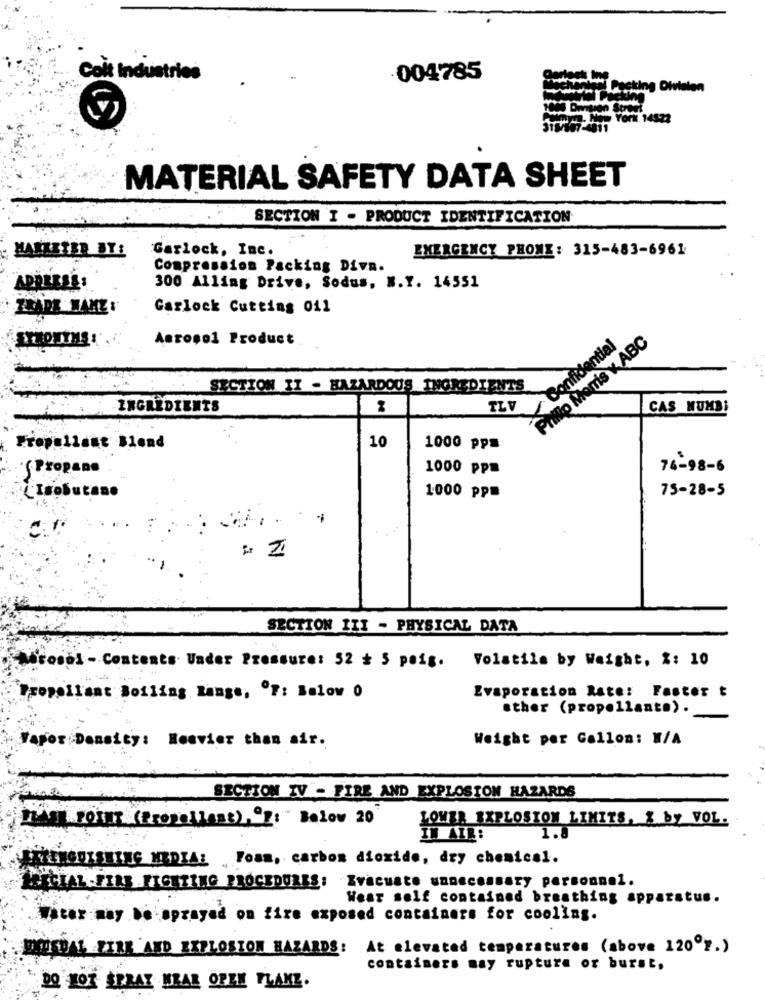
Colt Industries
004785
ah Packing Division
York 14522
MATERIAL SAFETY DATA SHEET
SECTION I - PRODUCT IDENTIFICATION
Garlock, Inc.
EMERGENCY PHONE: 315-483-6961
Compression Packing Diva.
ADDRESS
300 Alling Drive, Sodus, N.Y. 14551
Garlock Cutting 011
Aerosol Product
Confidential
Philip Morris K ABC
SECTION II - HAZARDOUS INGREDIENTS
INGREDIENTS
TLV
CAS NUMBI
10
Eropallant Blend
1000 pps
1000 ppm
74-98-6
SPropano
75-28-5
CIsobutano
1000 ppm
SECTION III - PHYSICAL DATA
Volatile by Weight, 2: 10
osol - Contents. Under Pressure: 52 # 5 poig.
Propellant Boiling lange, OF: Below 0
Evaporation Rate: Faster t
sther (propellant.).
Weight per Gallon: N/A
Density: Heavier than air.
SECTION TV - FIRE AND EXPLOSION HAZARDS
ITAS FORME (PropoliAns), 7:" Below 20
LOWER EXPLOSION LIMITS, & by VOL.
1.8
IN AIR:
LEKTENGOISHING MEDIA: Foam, carbon dioxide, dry chemical.
Wear self contained breathing apparatus.
Water may be -sprayed on fire exposed containers for cooling.
At elevated temperatures (above 12007.)
DOSBAL FIRE AND EXPLOSION HAZARDS:
containers may rupture or burst,
DO NOT SPRAY WEAR OFEK PLAKZ.